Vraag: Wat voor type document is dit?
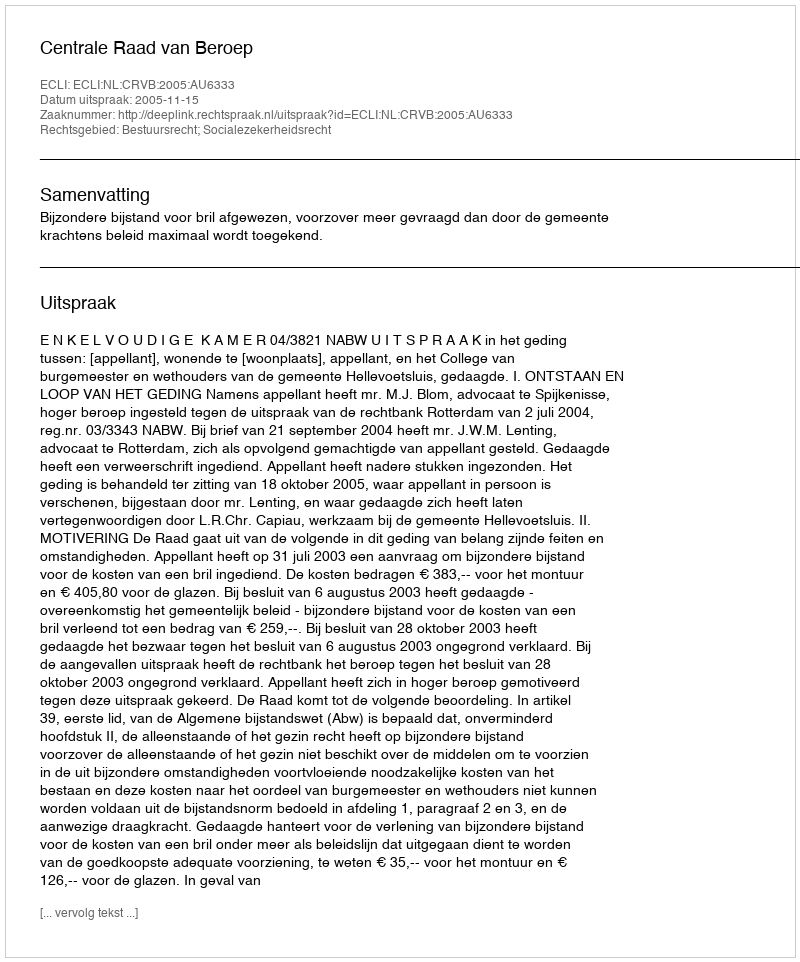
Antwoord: Uitspraak